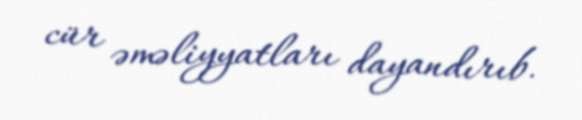
cür əməliyyatları dayandırıb.